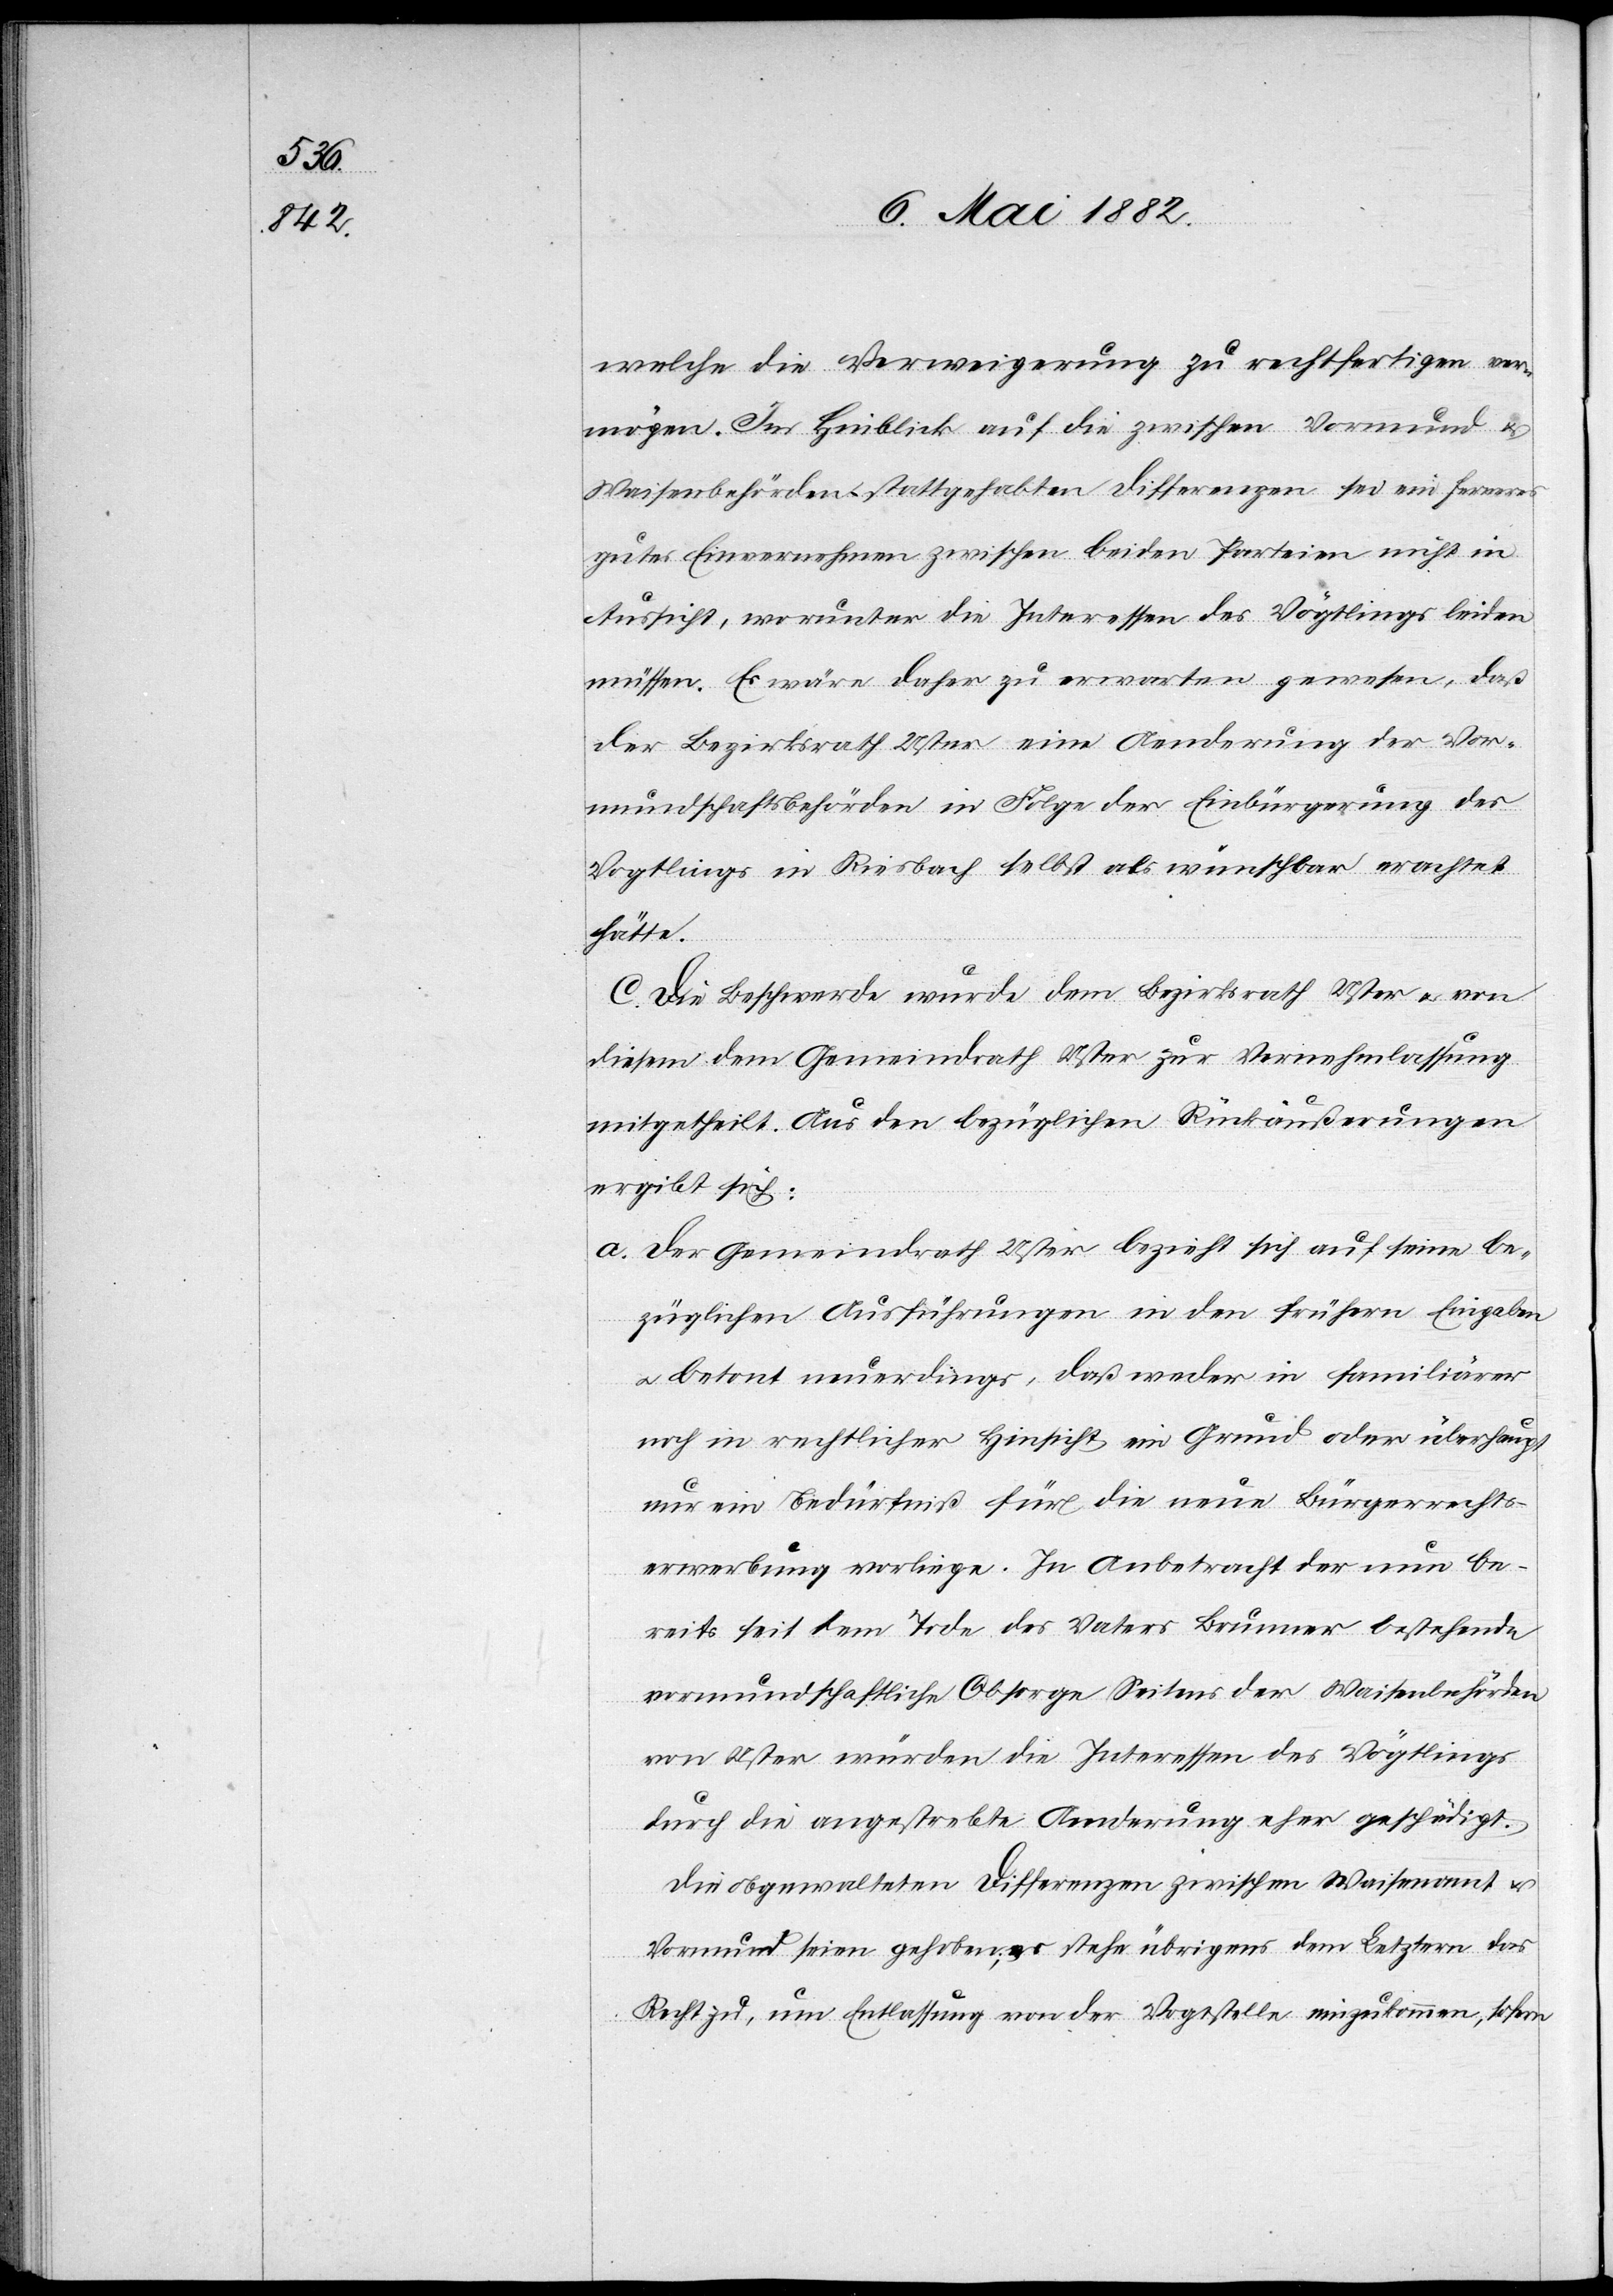
welche die Verweigerung zu rechtfertigen ver¬
mögen. Im Hinblick auf die zwischen Vormund &
Waisenbehörden stattgehabten Differenzen sei ein ferneres
gutes Einvernehmen zwischen beiden Parteien nicht in
Aussicht, worunter die Interessen des Vögtlings leiden
müssen. Es wäre daher zu erwarten gewesen, daß
der Bezirksrath Uster eine Aenderung der Vor¬
mundschaftsbehörden in Folge der Einbürgerung des
Vögtlings in Riesbach selbst als wünschbar erachtet
hätte.
C. Die Beschwerde wurde dem Bezirksrath Uster u. von
diesem dem Gemeindrath Uster zur Vernehmlassung
mitgetheilt. Aus den bezüglichen Rückäußerungen
ergibt sich:
a. Der Gemeindrath Uster bezieht sich auf seine be¬
züglichen Ausführungen in den frühern Eingaben
u. betont neuerdings, daß weder in familiärer
noch in rechtlicher Hinsicht ein Grund oder überhaupt
nur ein Bedürfniß für die neue Bürgerrechts¬
erwerbung vorliege. In Anbetracht der nun be¬
reits seit dem Tode des Vaters Brunner bestehende[n]
vormundschaftliche[n] Obsorge Seitens der Waisenbehörden
von Uster würden die Interessen des Vögtlings
durch die angestrebte Aenderung eher geschädigt.
Die obgewalteten Differenzen zwischen Waisenamt &
Vormund seien gehoben; es stehe übrigens dem letztern das
Recht zu, um Entlassung von der Vogtstelle einzukommen, sofern